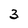
Character: 3